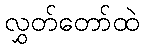
လွှတ်တော်ထဲ